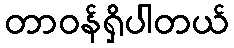
တာဝန်ရှိပါတယ်